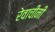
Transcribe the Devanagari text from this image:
रेवाचीनी